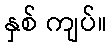
နှစ် ကျပ်။